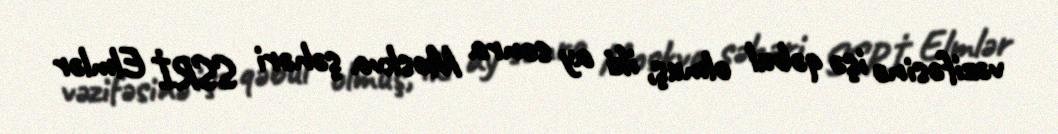
vəzifəsinə işə qəbul olmuş, iki ay sonra Moskva şəhəri SSRİ Elmlər